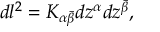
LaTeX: d l ^ { 2 } = K _ { \alpha { \bar { \beta } } } d z ^ { \alpha } d z ^ { \bar { \beta } } ,